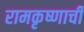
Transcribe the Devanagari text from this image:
रामकृष्णाची